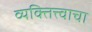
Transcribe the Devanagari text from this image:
व्यक्तित्त्वाचा